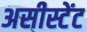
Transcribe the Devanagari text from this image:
असीस्टेंट